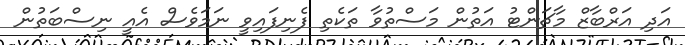
އަދި އަރްބާޒް މާޗަންޓު އަތުން މަސްތުވާ ތަކެތި ފެނިފައިވީ ނަމަވެސް އެއީ ނިސްބަތުން